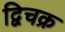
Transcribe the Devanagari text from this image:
द्विचक्र